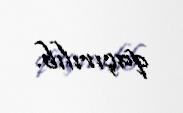
qaçırılıb.